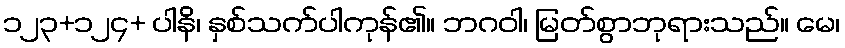
၁၂၃+၁၂၄+ ပါနိ၊ နှစ်သက်ပါကုန်၏။ ဘဂဝါ၊ မြတ်စွာဘုရားသည်။ မေ၊